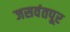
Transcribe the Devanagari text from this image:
जसवंतपूर